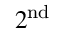
2 ^ { \mathrm { n d } }